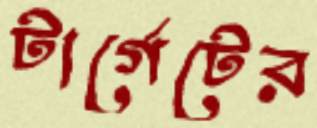
টার্গেটের